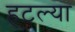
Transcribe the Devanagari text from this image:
हटल्या